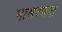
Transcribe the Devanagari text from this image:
भासरचना